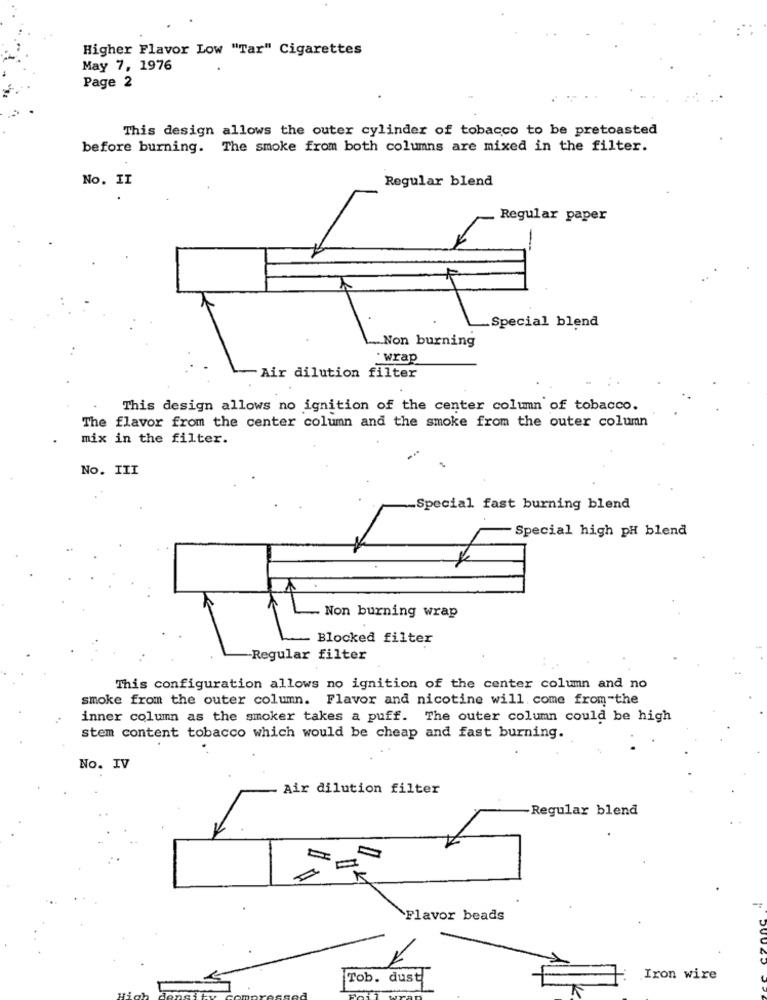
Higher Flavor Low "Tar" Cigarettes
May 7, 1976
Page 2
This design allows the outer cylinder of tobacco to be pretoasted
before burning. The smoke from both columns are mixed in the filter.
No. II
Regular blend
Regular paper
-
Special blend
Non burning
wrap
Air dilution filter
This design allows no ignition of the center column of tobacco.
The flavor from the center column and the smoke from the outer column
mix in the filter.
No. III
Special fast burning blend
-Special high pH blend
Non burning wrap
Blocked filter
Regular filter
This configuration allows no ignition of the center column and no
smoke from the outer column. Flavor and nicotine will. come from-the
inner column as the smoker takes a puff. The outer column could be high
stem content tobacco which would be cheap and fast burning.
No. IV
Air dilution filter
-Regular blend
Flavor beads
Tob. dust
Iron wire